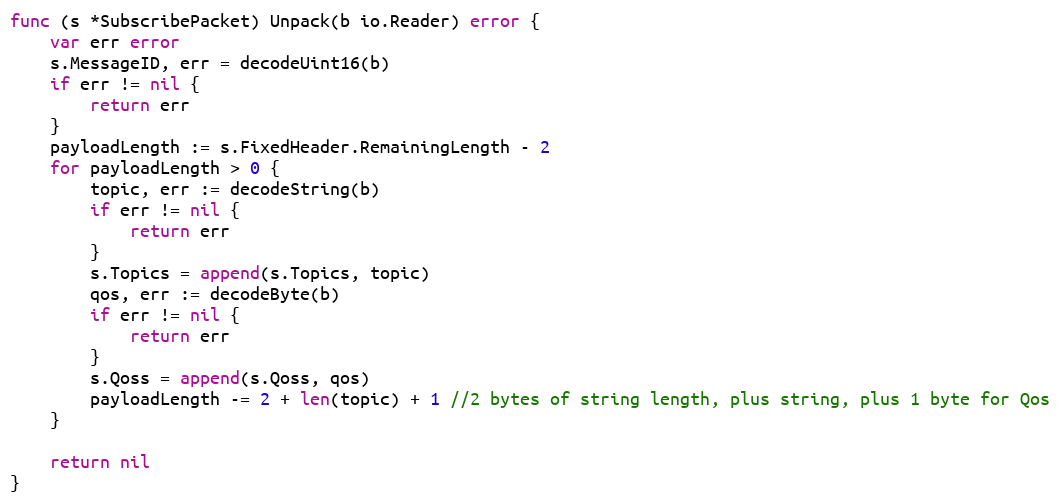
Language: Go
func (s *SubscribePacket) Unpack(b io.Reader) error {
	var err error
	s.MessageID, err = decodeUint16(b)
	if err != nil {
		return err
	}
	payloadLength := s.FixedHeader.RemainingLength - 2
	for payloadLength > 0 {
		topic, err := decodeString(b)
		if err != nil {
			return err
		}
		s.Topics = append(s.Topics, topic)
		qos, err := decodeByte(b)
		if err != nil {
			return err
		}
		s.Qoss = append(s.Qoss, qos)
		payloadLength -= 2 + len(topic) + 1 //2 bytes of string length, plus string, plus 1 byte for Qos
	}

	return nil
}